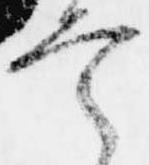
定